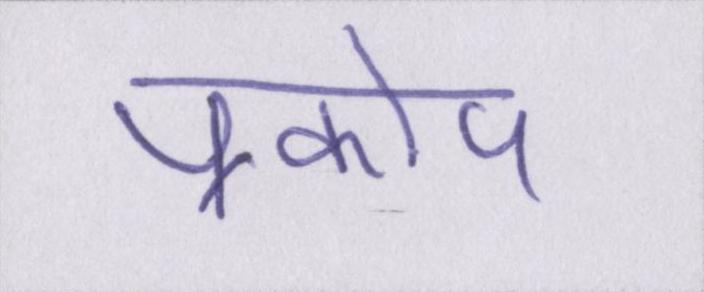
प्रकोप